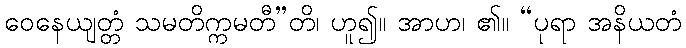
ဝေနေယျတ္တံ သမတိက္ကမတီ”တိ၊ ဟူ၍။ အာဟ၊ ၏။ “ပုရာ အနိယတံ